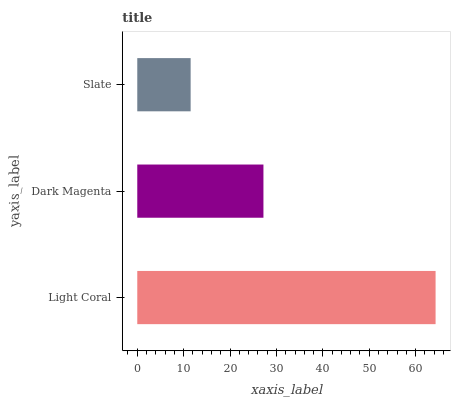
| yaxis_label | bars |
 | --- | --- |
 | Light Coral | 64.3 |
 | Dark Magenta | 27.2 |
 | Slate | 11.5 |